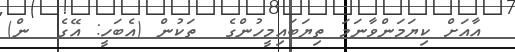
އާއަށް ކިޔަމަންވާނަމަ ތިޔަބައިމީހުންގެ  ތަކުން (އެބަހީ: އޭގެ  ން)